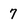
Character: 7